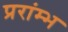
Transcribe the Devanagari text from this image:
प्ररांम्भ